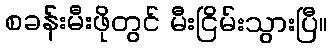
စခန်းမီးဖိုတွင် မီးငြိမ်းသွားပြီ။